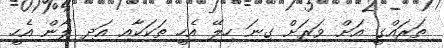
ތަރައްގީ އަށް ވަރަށް ގިނަ ހިލޭ އެހީ ތަކަކާއި އަދި ލޯން އެހީ